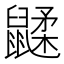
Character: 𲎟